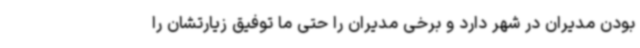
بودن مدیران در شهر دارد و برخی مدیران را حتی ما توفیق زیارتشان را